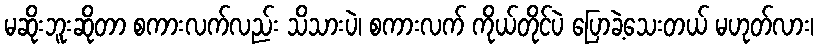
မဆိုးဘူးဆိုတာ စကားလက်လည်း သိသားပဲ၊ စကားလက် ကိုယ်တိုင်ပဲ ပြောခဲ့သေးတယ် မဟုတ်လား၊